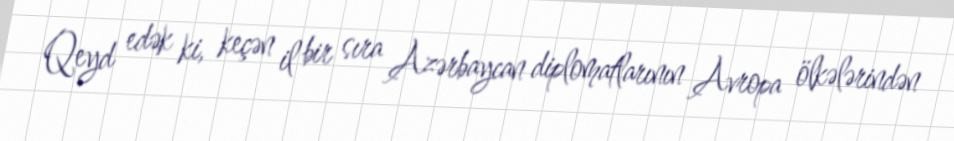
Qeyd edək ki, keçən il bir sıra Azərbaycan diplomatlarının Avropa ölkələrindən